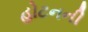
હોટનની